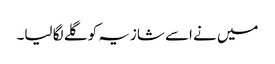
میں نے اسے شازیہ کو گلے لگا لیا۔